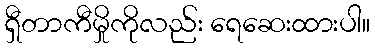
ရှီတာကီမှိုကိုလည်း ရေဆေးထားပါ။